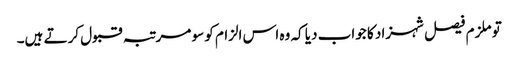
تو ملزم فیصل شہزاد کا جواب دیا کہ وہ اس الزام کو سو مرتبہ قبول کرتے ہیں۔